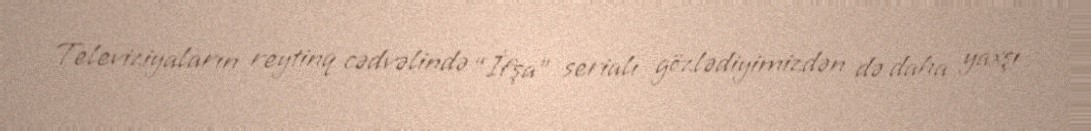
Televiziyaların reytinq cədvəlində “İfşa” serialı gözlədiyimizdən də daha yaxşı